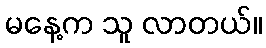
မနေ့က သူ လာတယ်။